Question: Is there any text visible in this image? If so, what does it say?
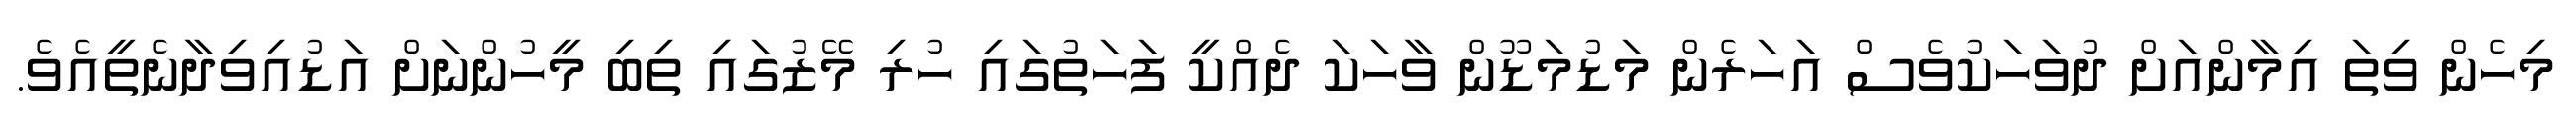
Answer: މިހެން ވިތަ އިމާންއަށް ދުވަހަކުވެސް އަހަރެން މަޑުމަޑޫން ވާހަކަ ދެއްކީ ފަހަތުގައި ހުރި މޭޒުގައި ތިބި މީހުންނަށް އަޑުއިވިދާނެތީއެވެ.